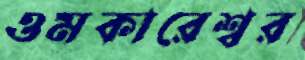
ওমকারেশ্বর